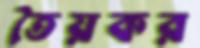
তৈয়কর